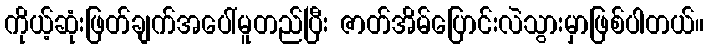
ကိုယ့်ဆုံးဖြတ်ချက်အပေါ်မူတည်ပြီး ဇာတ်အိမ်ပြောင်းလဲသွားမှာဖြစ်ပါတယ်။